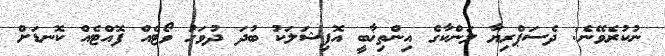
ނުކުރެވޭނެ: ދެސަޕްރިޔާ ލަންކާގެ އިންތިޚާބީ އޮފިޝަލަކު ބުދަ ދުވަހު ވޯޓެއް ފޮއްޓެއް ކޮނޑަށް